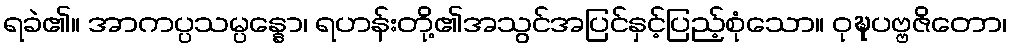
ရခဲ၏။ အာကပ္ပသမ္ပန္နော၊ ရဟန်းတို့၏အသွင်အပြင်နှင့်ပြည့်စုံသော။ ဝုဍ္ဎပဗ္ဗဇိတော၊